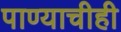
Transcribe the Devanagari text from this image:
पाण्याचीही